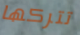
تتركها